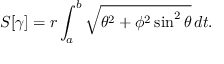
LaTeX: S [ \gamma ] = r \int _ { a } ^ { b } { \sqrt { \theta ^ { 2 } + \phi ^ { 2 } \sin ^ { 2 } \theta } } \, d t .